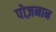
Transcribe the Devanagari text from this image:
पोज़नान